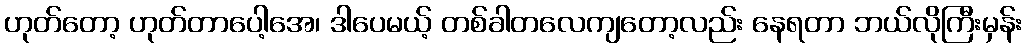
ဟုတ်တော့ ဟုတ်တာပေါ့အေ၊ ဒါပေမယ့် တစ်ခါတလေကျတော့လည်း နေရတာ ဘယ်လိုကြီးမှန်း